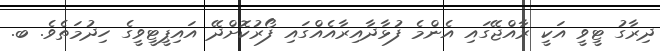
ދިރާގު ޓީވީ އަކީ ރާއްޖޭގައި އެންމެ ފުޅާދާއިރާއެއްގައި ފޯރުކޮށްދޭ އައިޕީޓީވީގެ ހިދުމަތެވެ. ބ.